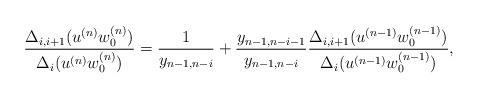
LaTeX: \begin{align*} \frac{\Delta_{i,i+1}(u^{(n)}w_0^{(n)})}{\Delta_i(u^{(n)}w_0^{(n)})}=\frac{1}{y_{n-1,n-i}}+\frac{y_{n-1,n-i-1}}{y_{n-1,n-i}}\frac{\Delta_{i,i+1}(u^{(n-1)}w_0^{(n-1)})}{\Delta_i(u^{(n-1)}w_0^{(n-1)})},\end{align*}